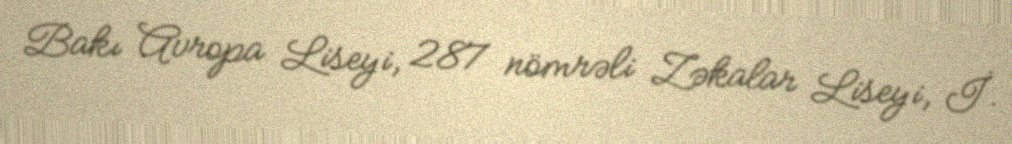
Bakı Avropa Liseyi, 287 nömrəli Zəkalar Liseyi, İ.